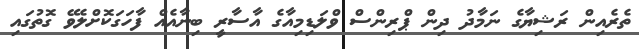
ތެރެއިން ރަޝިޔާގެ ނަމާދު ދިން ޕްރިންސް ވްލަޑިމިއާގެ އާސާރީ ބިނާއެއް ފާހަގަކޮށްލެވޭ ގޮތުގައި